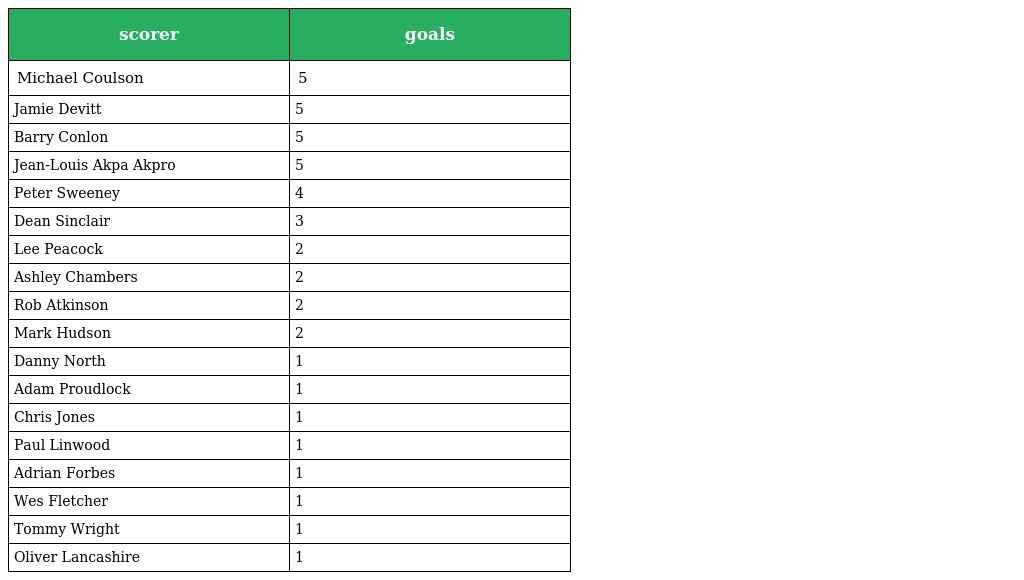
| scorer | goals |
 | --- | --- |
 | Michael Coulson | 5 |
 | Jamie Devitt | 5 |
 | Barry Conlon | 5 |
 | Jean-Louis Akpa Akpro | 5 |
 | Peter Sweeney | 4 |
 | Dean Sinclair | 3 |
 | Lee Peacock | 2 |
 | Ashley Chambers | 2 |
 | Rob Atkinson | 2 |
 | Mark Hudson | 2 |
 | Danny North | 1 |
 | Adam Proudlock | 1 |
 | Chris Jones | 1 |
 | Paul Linwood | 1 |
 | Adrian Forbes | 1 |
 | Wes Fletcher | 1 |
 | Tommy Wright | 1 |
 | Oliver Lancashire | 1 |